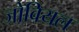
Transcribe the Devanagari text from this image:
जोवियल